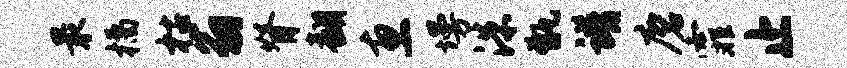
最橘枯翁脊翻惠墁洙甑谱磨霏止